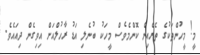
މީ! މީހުންތަކުގެ ތެރެއިން ކޮންމެވެސް މީހަކު ބުނެލި އަޑު ރާހުލްއަށް އިވިގެން ދިއައެވެ.